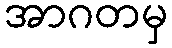
အာဂတမှ